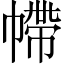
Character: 𢄩